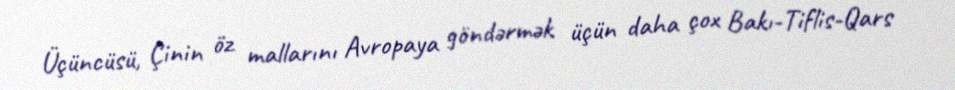
Üçüncüsü, Çinin öz mallarını Avropaya göndərmək üçün daha çox Bakı-Tiflis-Qars